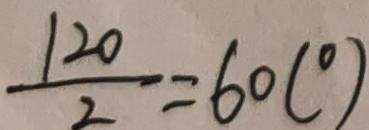
\frac { 1 2 0 } { 2 } = 6 0 ( ^ { \circ } )